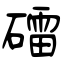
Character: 礌